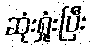
ဆုံးရှုံးပြီး